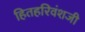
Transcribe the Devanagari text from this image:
हितहरिवंशजी